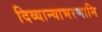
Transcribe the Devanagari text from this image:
दिव्यान्याभरणानि